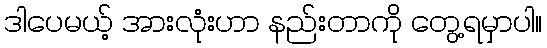
ဒါပေမယ့် အားလုံးဟာ နည်းတာကို တွေ့ရမှာပါ။